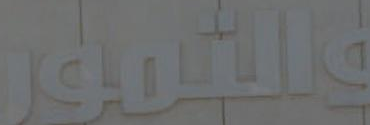
والشور